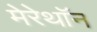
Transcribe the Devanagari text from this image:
मेरेथॉन